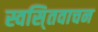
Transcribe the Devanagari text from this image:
स्वसि्तवाचन